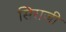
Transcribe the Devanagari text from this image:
सिराजी